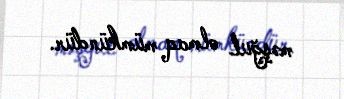
məşğul olmaq mümkündür.